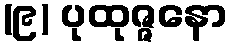
(၉) ပုထုဇ္ဇနော